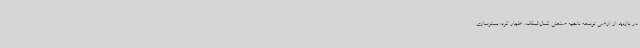
در بازدید از اراضی توسعه ناحیه صنعتی کمال‌الملک، اظهار کرد: بسترسازی